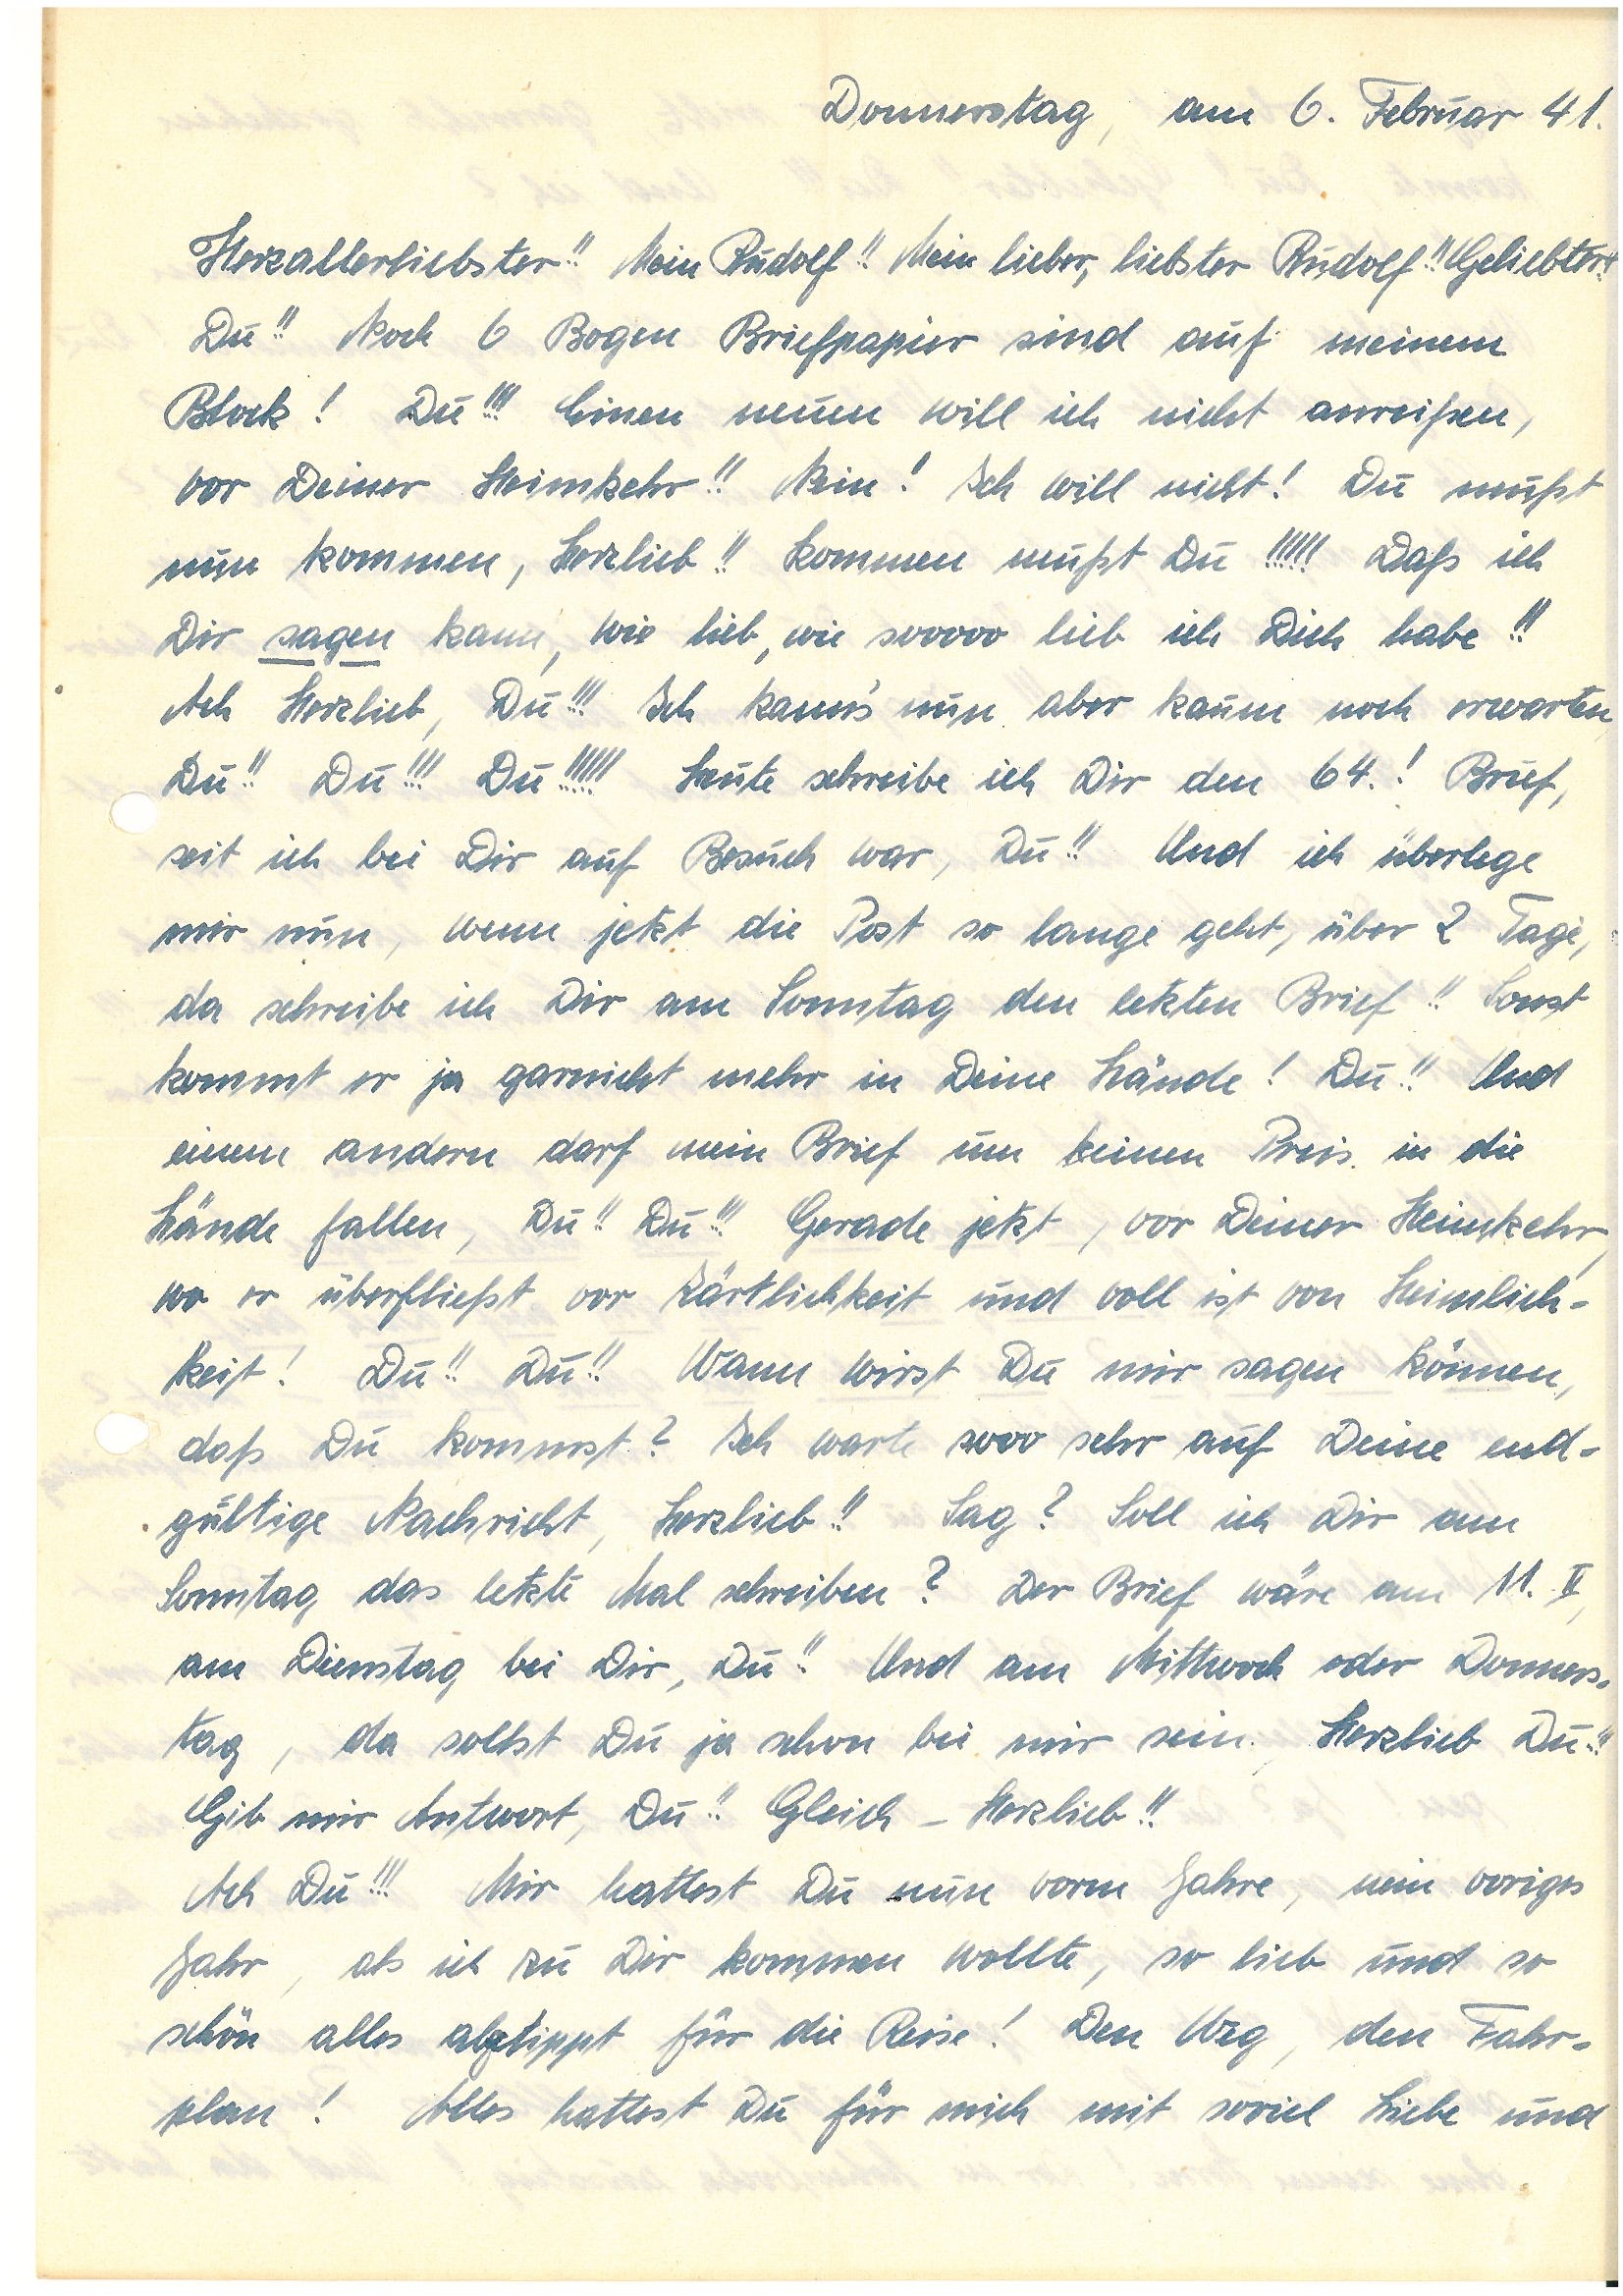
Donnerstag, am 6. Februar 41.
Herzallerliebster!! Mein ! Mein lieber, liebster ! Geliebter!!
Du!! Noch 6 Bogen Briefpapier sind auf meinem
Block! Du!!! Einen neuen will ich nicht anreißen,
vor Deiner Heimkehr!! Nein! Ich will nicht! Du mußt
nun kommen, Herzlieb!! Kommen mußt Du!!!!! Daß ich
Dir sagen kann, wie lieb, wie sooooo lieb ich Dich habe!!
Ach Herzlieb, Du!!! Ich kann’s nun aber kaum noch erwarten
Du!! Du!!! Du!!!!! Heute schreibe ich Dir den 64.! Brief,
seit ich bei Dir auf Besuch war, Du!! Und ich überlege
mir nun, wenn jetzt die Post so lange geht, über 2 Tage,
da schreibe ich Dir am Sonntag den letzten Brief!!
Sonst kommt er ja garnicht mehr in Deine Hände! Du!! Und
einem andern darf mein Brief um keinen Preis in die
Hände fallen, Du!! Du!!! Gerade jetzt, vor Deiner Heimkehr,
wo er überfließt vor Zärtlichkeit und voll ist von Heimlich¬
keit! Du!! Du!! Wann wirst Du mir sagen können,
daß Du kommst? Ich warte sooo sehr auf Deine end¬
gültige Nachricht, Herzlieb!! Sag? Soll ich Dir am
Sonntag das letzte Mal schreiben? Der Brief wäre am 11.II,
am Dienstag bei Dir, Du!! Und am Mittwoch oder Donners¬
tag, da sollst Du ja schon bei mir sein. Herzlieb Du!!!
Gib mir Antwort, Du! Gleich – Herzlieb!!
Ach Du!!! Mir hattest Du nun vorm Jahre, mein voriges
Jahr, als ich zu Dir kommen wollte, so lieb und so
schön alles abtippt für die Reise! Den Weg, den Fahr¬
plan! Alles hattest Du für mich mit soviel Liebe und